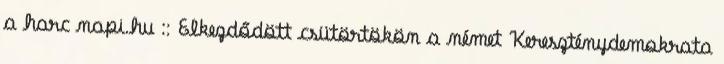
a harc napi.hu :: Elkezdődött csütörtökön a német Kereszténydemokrata